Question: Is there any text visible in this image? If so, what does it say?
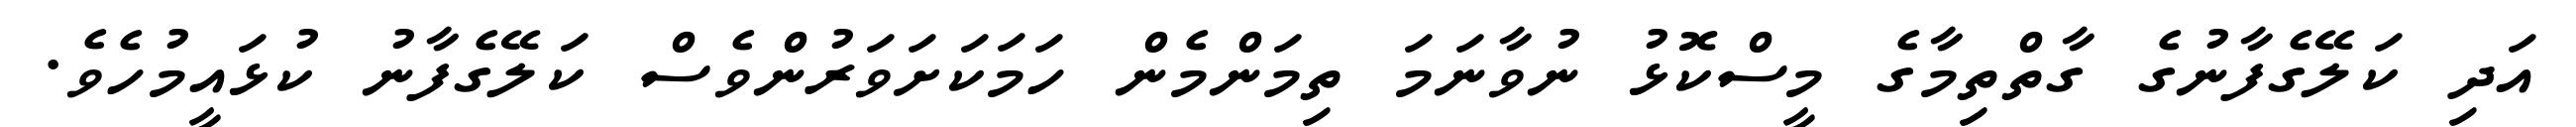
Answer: އަދި ކަލޭގެފާނުގެ ގާތްތިމާގެ މީސްކޮޅު ނުވާނަމަ ތިމަންމެން ހަމަކަށަވަރުންވެސް ކަލޭގެފާނު ކުޅައީމުހެވެ.